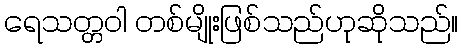
ရေသတ္တဝါ တစ်မျိုးဖြစ်သည်ဟုဆိုသည်။